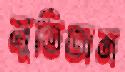
মুতিতাম